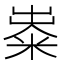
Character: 𥺋